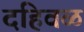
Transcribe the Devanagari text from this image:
दहिवळ